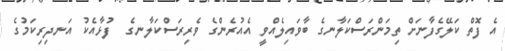
އެ ފޮތް ކަލޭގެފާނަށް ތިމަންރަސްކަލާނގެ ބާވައިލެއްވީ އެއުރެންގެ ވެރިރަސްކަލާނގެ  ފުޅާއެކު އަނދިރިކަމުގެ